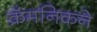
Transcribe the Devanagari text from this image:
क्रॅमनिकने